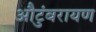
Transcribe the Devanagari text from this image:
औटुंबरायण